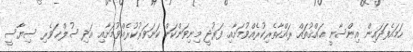
ހަމައެފަދައިން އިންސާނީ ޙައްޤުތައް ރައްކާތެރިކުރެއްވުމަށާއި ފަރުދީ މިނިވަންކަން ކަށަވަރުކުރެއްވުމަށާއި އަދި ސުލްޙަވެރި ސިޔާސީ